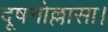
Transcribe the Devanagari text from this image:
दूषनोल्लासा।